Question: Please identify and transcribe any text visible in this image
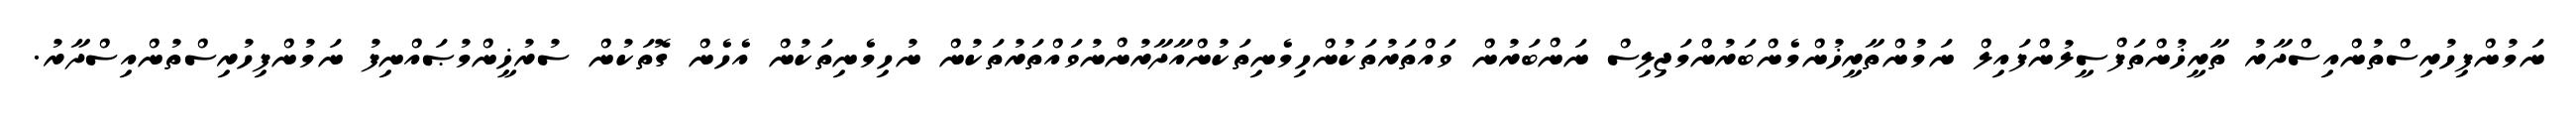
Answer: ނަމުންފިހުރިސްތުންއިސްދާރު ތާރީޚުންތަފްސީލުންފައިލް ނަމުންތާރީޚުންމެންބަރުންމަޖިލިސް ނަންބަރުން ވައްތަރުތަކުންހިމެނިތަކުންއާދާރުންނުވައްތަރުތަކުން ނުހިމެނިތަކުން އެހެން ގޮތަކުން ސުރުޚީންމުޞައްނިފު ނަމުންފިހުރިސްތުންއިސްދާރު.